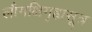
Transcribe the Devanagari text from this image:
लौगक्षिगृह्यसूत्र